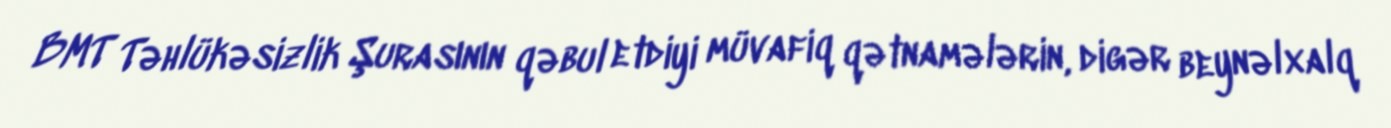
BMT Təhlükəsizlik Şurasının qəbul etdiyi müvafiq qətnamələrin, digər beynəlxalq